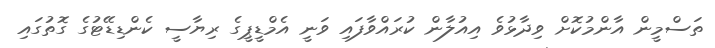
ތަސްމީން އާންމުކޮށް ވިދާޅުވެ އިއުލާން ކުރައްވާފައި ވަނީ އެމްޑީޕީގެ ރިޔާސީ ކެންޑިޑޭޓުގެ ގޮތުގައި